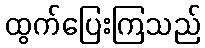
ထွက်ပြေးကြသည်